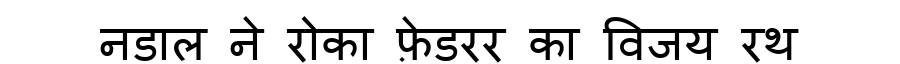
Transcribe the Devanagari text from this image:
नडाल ने रोका फ़ेडरर का विजय रथ